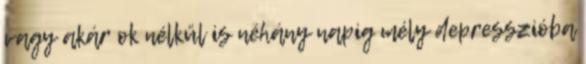
vagy akár ok nélkül is néhány napig mély depresszióba